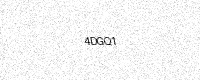
Text: 4DGQ1